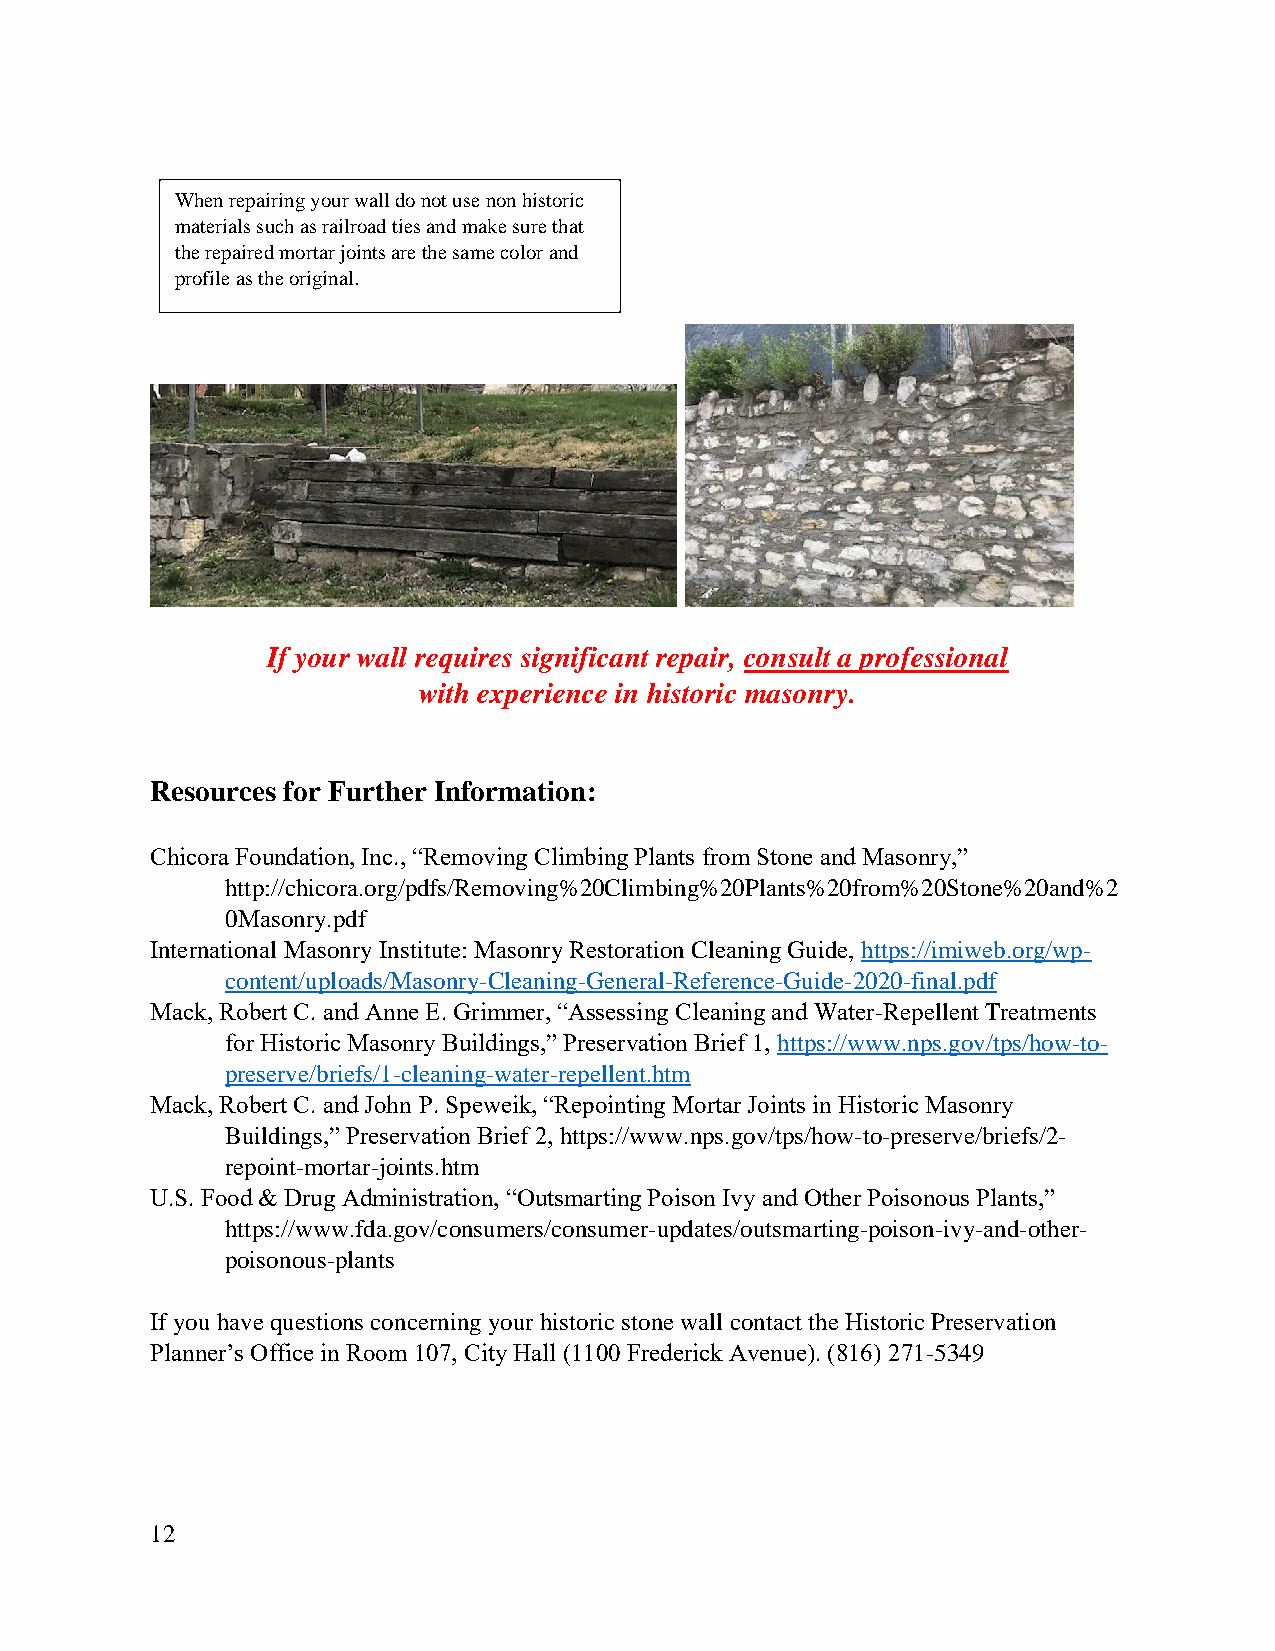
When repairing your wall do not use non historic
 materials such as railroad ties and make sure that
 the repaired mortar joints are the same color and
 profile as the original.
 If your wall requires significant repair, consult a professional
 with experience in historic masonry.
 Resources for Further Information:
 Chicora Foundation, Inc., “Removing Climbing Plants from Stone and Masonry,”
 http://chicora.org/pdfs/Removing%20Climbing%20Plants%20from%20Stone%20and%2
 0Masonry.pdf
 International Masonry Institute: Masonry Restoration Cleaning Guide, https://imiweb.org/wp-
 content/uploads/Masonry-Cleaning-General-Reference-Guide-2020-final.pdf
 Mack, Robert C. and Anne E. Grimmer, “Assessing Cleaning and Water-Repellent Treatments
 for Historic Masonry Buildings,” Preservation Brief 1, https://www.nps.gov/tps/how-to-
 preserve/briefs/1-cleaning-water-repellent.htm
 Mack, Robert C. and John P. Speweik, “Repointing Mortar Joints in Historic Masonry
 Buildings,” Preservation Brief 2, https://www.nps.gov/tps/how-to-preserve/briefs/2-
 repoint-mortar-joints.htm
 U.S. Food & Drug Administration, “Outsmarting Poison Ivy and Other Poisonous Plants,”
 https://www.fda.gov/consumers/consumer-updates/outsmarting-poison-ivy-and-other-
 poisonous-plants
 If you have questions concerning your historic stone wall contact the Historic Preservation
 Planner’s Office in Room 107, City Hall (1100 Frederick Avenue). (816) 271-5349
 12